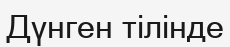
Дүнген тілінде